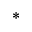
^ \ast